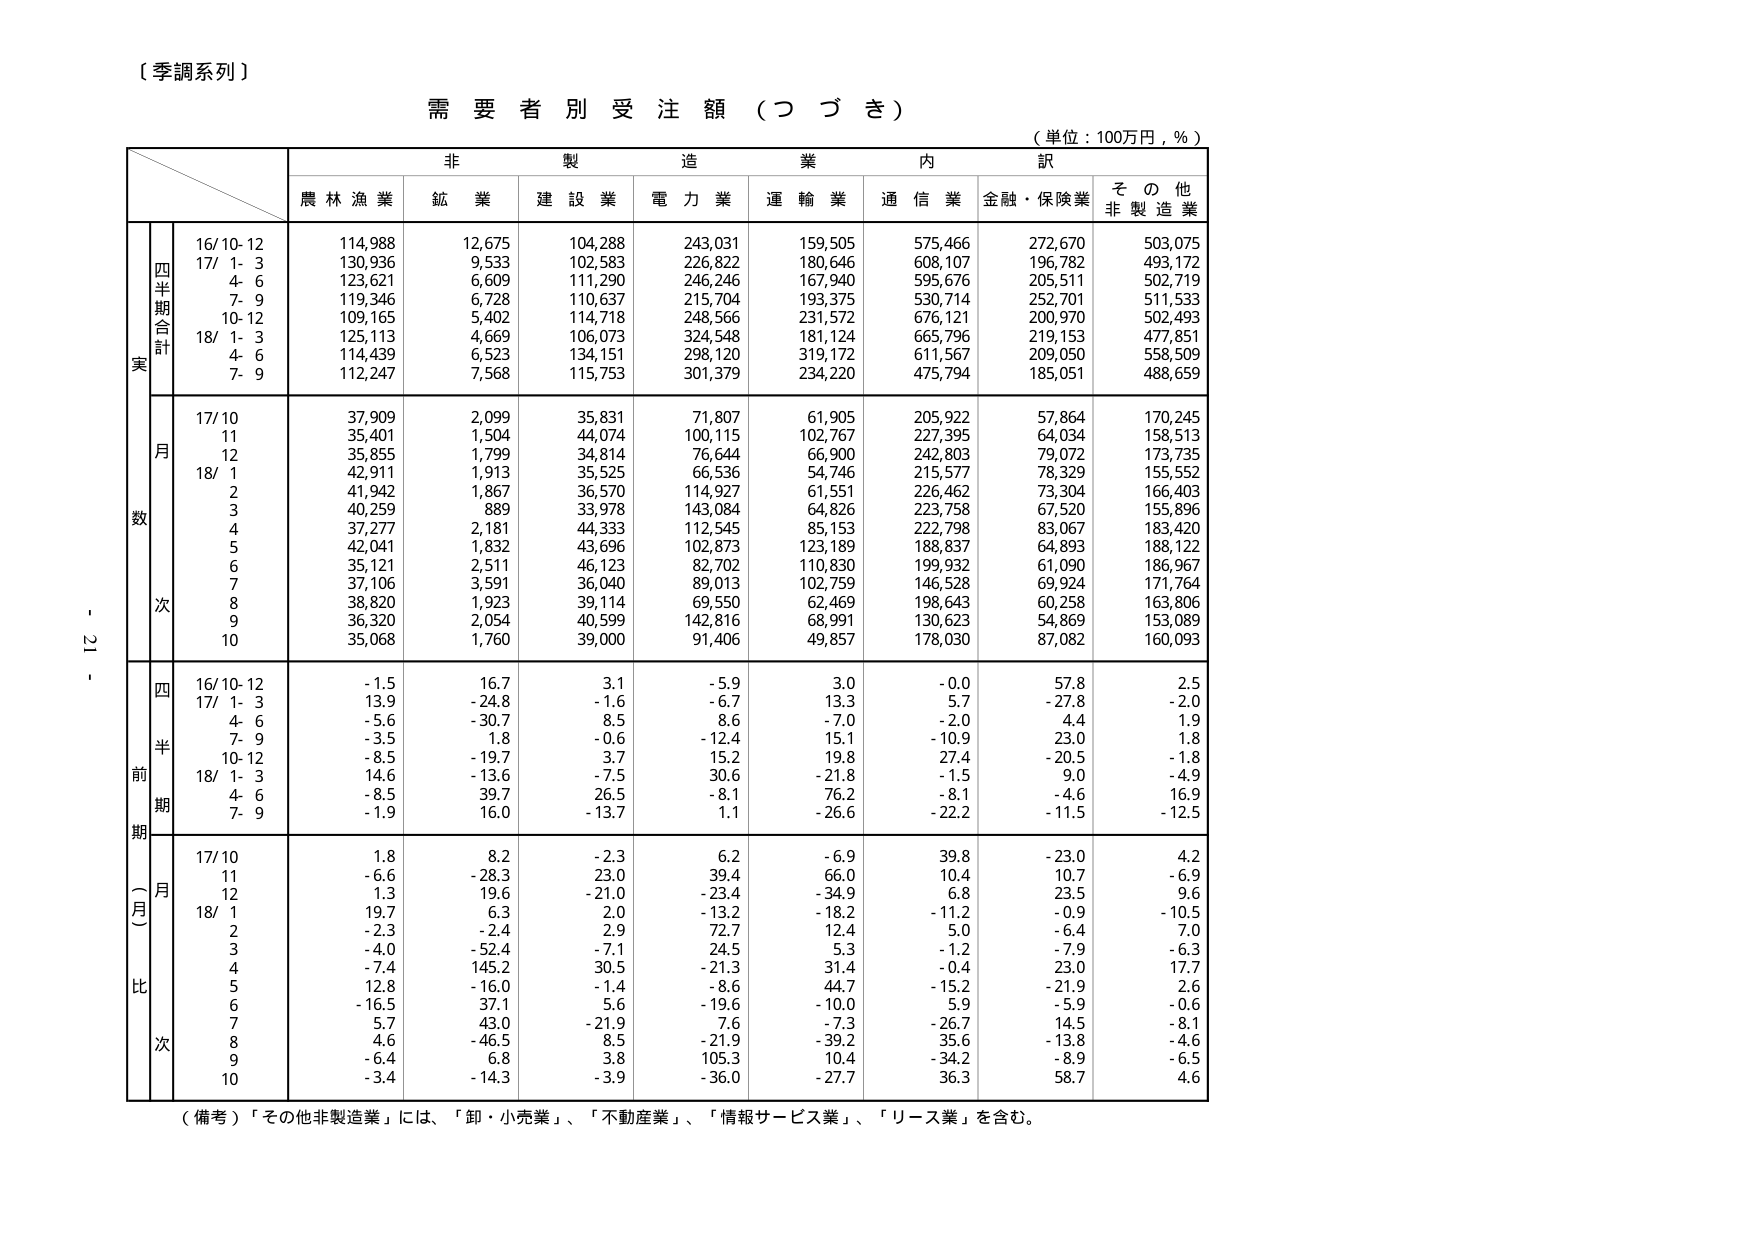
〔季調系列〕

需要者別受注額（つづき）

（単位：100万円，％）

非製造業内訳
農林漁業　鉱業　建設業　電力業　運輸業　通信業　金融・保険業　その他非製造業

四半期合計
実数
16/10-12　114,988　12,675　104,288　243,031　159,505　575,466　272,670　503,075
17/1-3　130,936　9,533　102,583　226,822　180,646　608,107　196,782　493,172
4-6　123,621　6,609　111,290　246,246　167,940　595,676　205,511　502,719
7-9　119,346　6,728　110,637　215,704　193,375　530,714　252,701　511,533
10-12　109,165　5,402　114,718　248,566　231,572　676,121　200,970　502,493
18/1-3　125,113　4,669　106,073　324,548　181,124　665,796　219,153　477,851
4-6　114,439　6,523　134,151　298,120　319,172　611,567　209,050　558,509
7-9　112,247　7,568　115,753　301,379　234,220　475,794　185,051　488,659

月次
17/10　37,909　2,099　35,831　71,807　61,905　205,922　57,864　170,245
11　35,401　1,504　44,074　100,115　102,767　227,395　64,034　158,513
12　35,855　1,799　34,814　76,644　66,900　242,803　79,072　173,735
18/1　42,911　1,913　35,525　66,536　54,746　215,577　78,329　155,552
2　41,942　1,867　36,570　114,927　61,551　226,462　73,304　166,403
3　40,259　889　33,978　143,084　64,826　223,758　67,520　155,896
4　37,277　2,181　44,333　112,545　85,153　222,798　83,067　183,420
5　42,041　1,832　43,696　102,873　123,189　188,837　64,893　188,122
6　35,121　2,511　46,123　82,702　110,830　199,932　61,090　186,967
7　37,106　3,591　36,040　89,013　102,759　146,528　69,924　171,764
8　38,820　1,923　39,114　69,550　62,469　198,643　60,258　163,806
9　36,320　2,054　40,599　142,816　68,991　130,623　54,869　153,089
10　35,068　1,760　39,000　91,406　49,857　178,030　87,082　160,093

四半期前期（一月比）
16/10-12　-1.5　16.7　3.1　-5.9　3.0　-0.0　57.8　2.5
17/1-3　13.9　-24.8　-1.6　-6.7　13.3　5.7　-27.8　-2.0
4-6　-5.6　-30.7　8.5　8.6　-7.0　-2.0　4.4　1.9
7-9　-3.5　1.8　-0.6　-12.4　15.1　-10.9　23.0　1.8
10-12　-8.5　-19.7　3.7　15.2　19.8　27.4　-20.5　-1.8
18/1-3　14.6　-13.6　-7.5　30.6　-21.8　-1.5　9.0　-4.9
4-6　-8.5　39.7　26.5　-8.1　76.2　-8.1　-4.6　16.9
7-9　-1.9　16.0　-13.7　1.1　-26.6　-22.2　-11.5　-12.5

一月比
17/10　1.8　8.2　-2.3　6.2　-6.9　39.8　-23.0　4.2
11　-6.6　-28.3　23.0　39.4　66.0　10.4　10.7　-6.9
12　1.3　19.6　-21.0　-23.4　-34.9　6.8　23.5　9.6
18/1　19.7　6.3　2.0　-13.2　-18.2　-11.2　-0.9　-10.5
2　-2.3　-2.4　2.9　72.7　12.4　5.0　-6.4　7.0
3　-4.0　-52.4　-7.1　24.5　5.3　-1.2　-7.9　-6.3
4　-7.4　145.2　30.5　-21.3　31.4　-0.4　23.0　17.7
5　12.8　-16.0　-1.4　-8.6　44.7　-15.2　-21.9　2.6
6　-16.5　37.1　5.6　-19.6　-10.0　5.9　-5.9　-0.6
7　5.7　43.0　-21.9　7.6　-7.3　-26.7　14.5　-8.1
8　4.6　-46.5　8.5　-21.9　-39.2　35.6　-13.8　-4.6
9　-6.4　6.8　3.8　105.3　10.4　-34.2　-8.9　-6.5
10　-3.4　-14.3　-3.9　-36.0　-27.7　36.3　58.7　4.6

（備考）「その他非製造業」には、「卸・小売業」、「不動産業」、「情報サービス業」、「リース業」を含む。